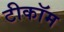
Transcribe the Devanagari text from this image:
टीकॉम